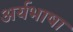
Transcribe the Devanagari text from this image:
अर्यभाषा